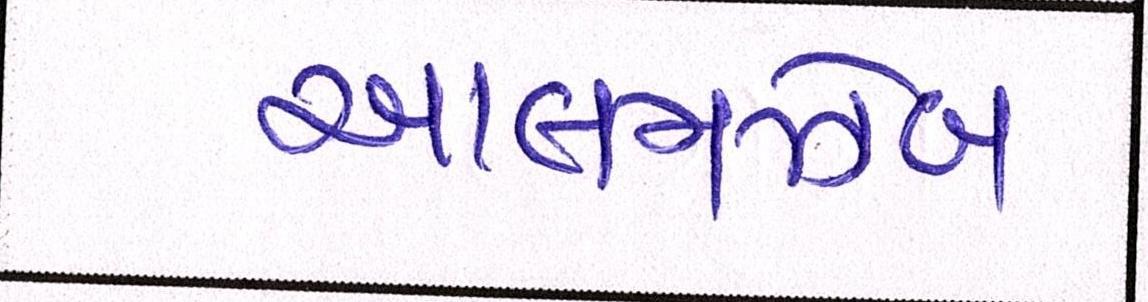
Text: આલમઝેબ